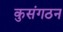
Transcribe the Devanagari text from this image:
कुसंगठन